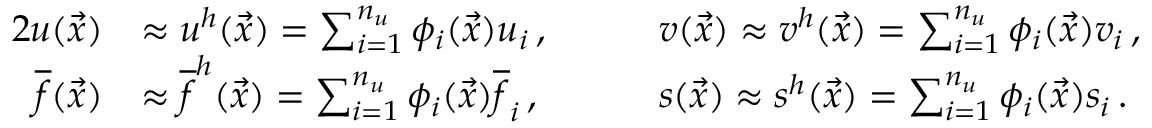
\begin{array} { r l r l } { { 2 } u ( \vec { x } ) } & { \approx u ^ { h } ( \vec { x } ) = \sum _ { i = 1 } ^ { n _ { u } } \phi _ { i } ( \vec { x } ) u _ { i } \, , \quad } & & { v ( \vec { x } ) \approx v ^ { h } ( \vec { x } ) = \sum _ { i = 1 } ^ { n _ { u } } \phi _ { i } ( \vec { x } ) v _ { i } \, , } \\ { \overline { f } ( \vec { x } ) } & { \approx \overline { { f } } ^ { h } ( \vec { x } ) = \sum _ { i = 1 } ^ { n _ { u } } \phi _ { i } ( \vec { x } ) \overline { f } _ { i } \, , \quad } & & { s ( \vec { x } ) \approx s ^ { h } ( \vec { x } ) = \sum _ { i = 1 } ^ { n _ { u } } \phi _ { i } ( \vec { x } ) s _ { i } \, . } \end{array}